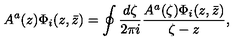
A ^ { a } ( z ) \Phi _ { i } ( z , \bar { z } ) = \oint { \frac { d \zeta } { 2 \pi i } } { \frac { A ^ { a } ( \zeta ) \Phi _ { i } ( z , \bar { z } ) } { \zeta - z } } ,